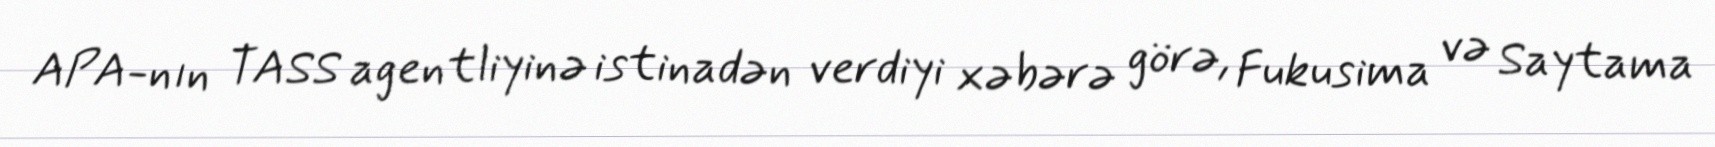
APA-nın TASS agentliyinə istinadən verdiyi xəbərə görə, Fukusima və Saytama